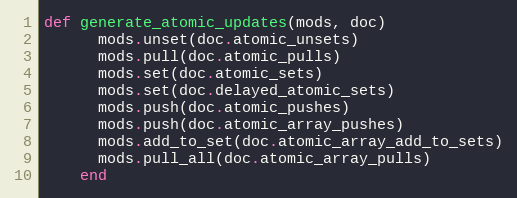
Language: Ruby
def generate_atomic_updates(mods, doc)
      mods.unset(doc.atomic_unsets)
      mods.pull(doc.atomic_pulls)
      mods.set(doc.atomic_sets)
      mods.set(doc.delayed_atomic_sets)
      mods.push(doc.atomic_pushes)
      mods.push(doc.atomic_array_pushes)
      mods.add_to_set(doc.atomic_array_add_to_sets)
      mods.pull_all(doc.atomic_array_pulls)
    end